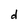
Character: d